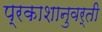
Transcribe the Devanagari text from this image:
प्रकाशानुवर्ती